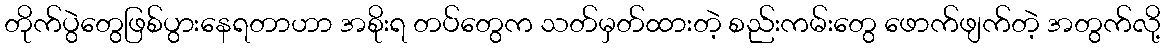
တိုက်ပွဲတွေဖြစ်ပွားနေရတာဟာ အစိုးရ တပ်တွေက သတ်မှတ်ထားတဲ့ စည်းကမ်းတွေ ဖောက်ဖျက်တဲ့ အတွက်လို့